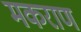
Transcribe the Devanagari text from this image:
मकराण